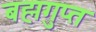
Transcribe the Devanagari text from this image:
बह्मगुप्त